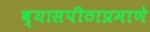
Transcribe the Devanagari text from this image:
व्यासपीठाप्रमाणे